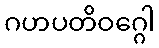
ဂဟပတိဝဂ္ဂေါ